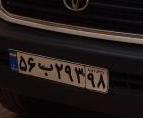
۵۶ب۲۹۳۹۸